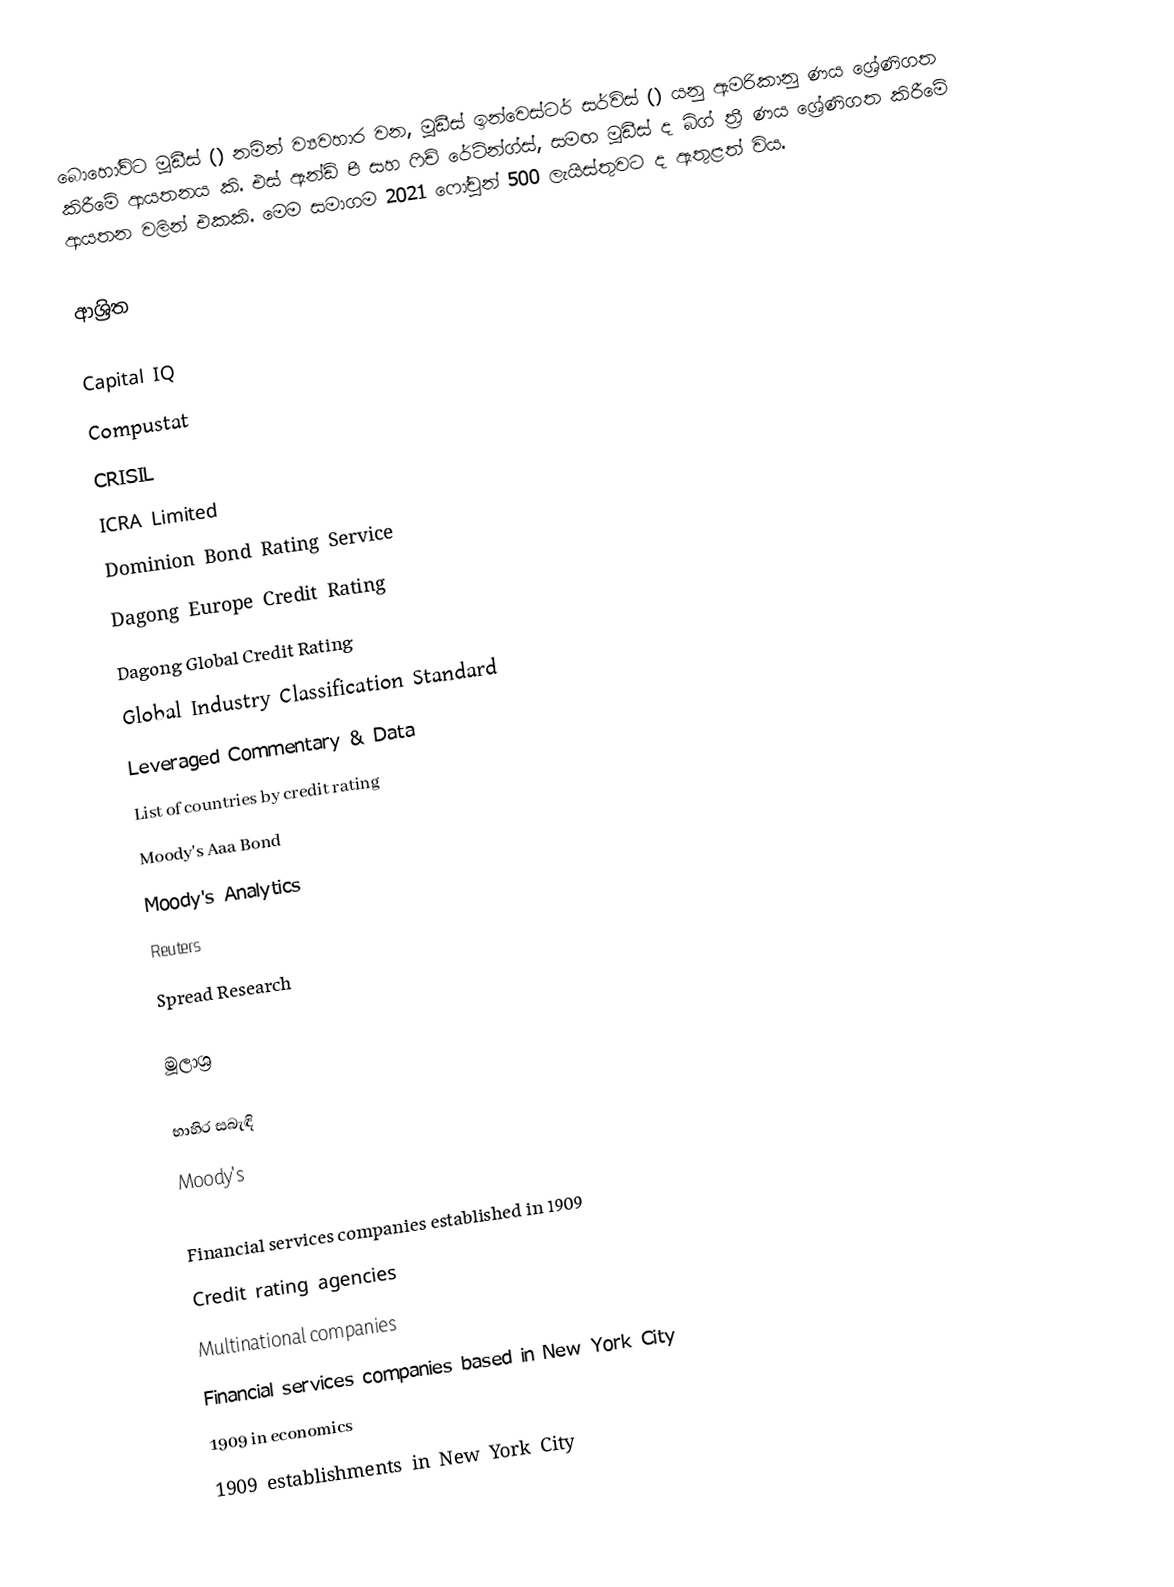
බොහෝවිට මූඩීස් () නමින් ව්‍යවහාර වන, මූඩීස් ඉන්වෙස්ටර් සර්විස් () යනු ඇමරිකානු ණය ශ්‍රේණිගත කිරීමේ ආයතනය කි. එස් ඇන්ඩ් පී සහ ෆිච් රේටින්ග්ස්, සමඟ මූඩීස් ද බිග් ත්‍රී ණය ශ්‍රේණිගත කිරීමේ ආයතන වලින් එකකි. මෙම සමාගම 2021 ෆෝචූන් 500 ලැයිස්තුවට ද ඇතුළත් විය.

ආශ්‍රිත

Capital IQ
Compustat
CRISIL
ICRA Limited
Dominion Bond Rating Service
Dagong Europe Credit Rating
Dagong Global Credit Rating
Global Industry Classification Standard
Leveraged Commentary & Data
List of countries by credit rating
Moody's Aaa Bond
Moody's Analytics
Reuters
Spread Research

මූලාශ්‍ර

භාහිර සබැඳි
Moody's

Financial services companies established in 1909
Credit rating agencies
Multinational companies
Financial services companies based in New York City
1909 in economics
1909 establishments in New York City